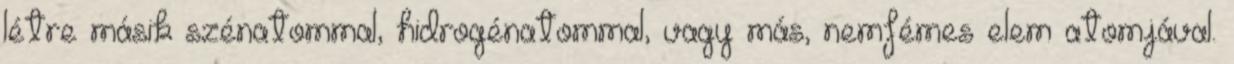
létre másik szénatommal, hidrogénatommal, vagy más, nemfémes elem atomjával.